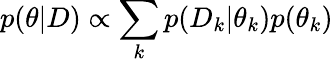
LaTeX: p(\theta|D)\propto\sum_{k}p(D_{k}|\theta_{k})p(\theta_{k})